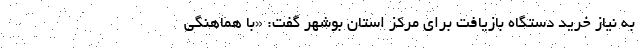
به نیاز خرید دستگاه بازیافت برای مرکز استان بوشهر گفت: «با هماهنگی